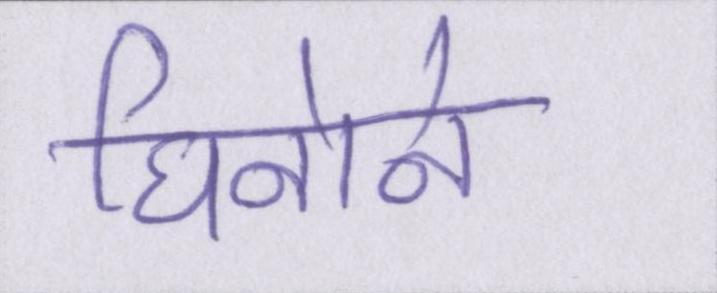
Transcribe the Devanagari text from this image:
घिनोने